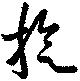
旋